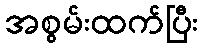
အစွမ်းထက်ပြီး